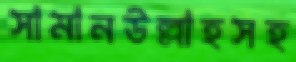
সামানউল্লাহসহ